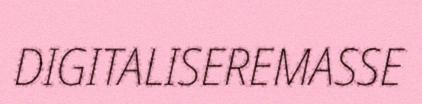
DIGITALISEREMASSE